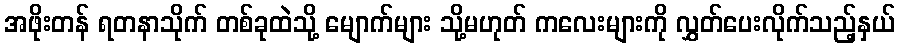
အဖိုးတန် ရတနာသိုက် တစ်ခုထဲသို့ မျောက်များ သို့မဟုတ် ကလေးများကို လွှတ်ပေးလိုက်သည့်နှယ်